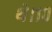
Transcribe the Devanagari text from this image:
थे।१०